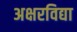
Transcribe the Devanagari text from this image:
अक्षरविद्या